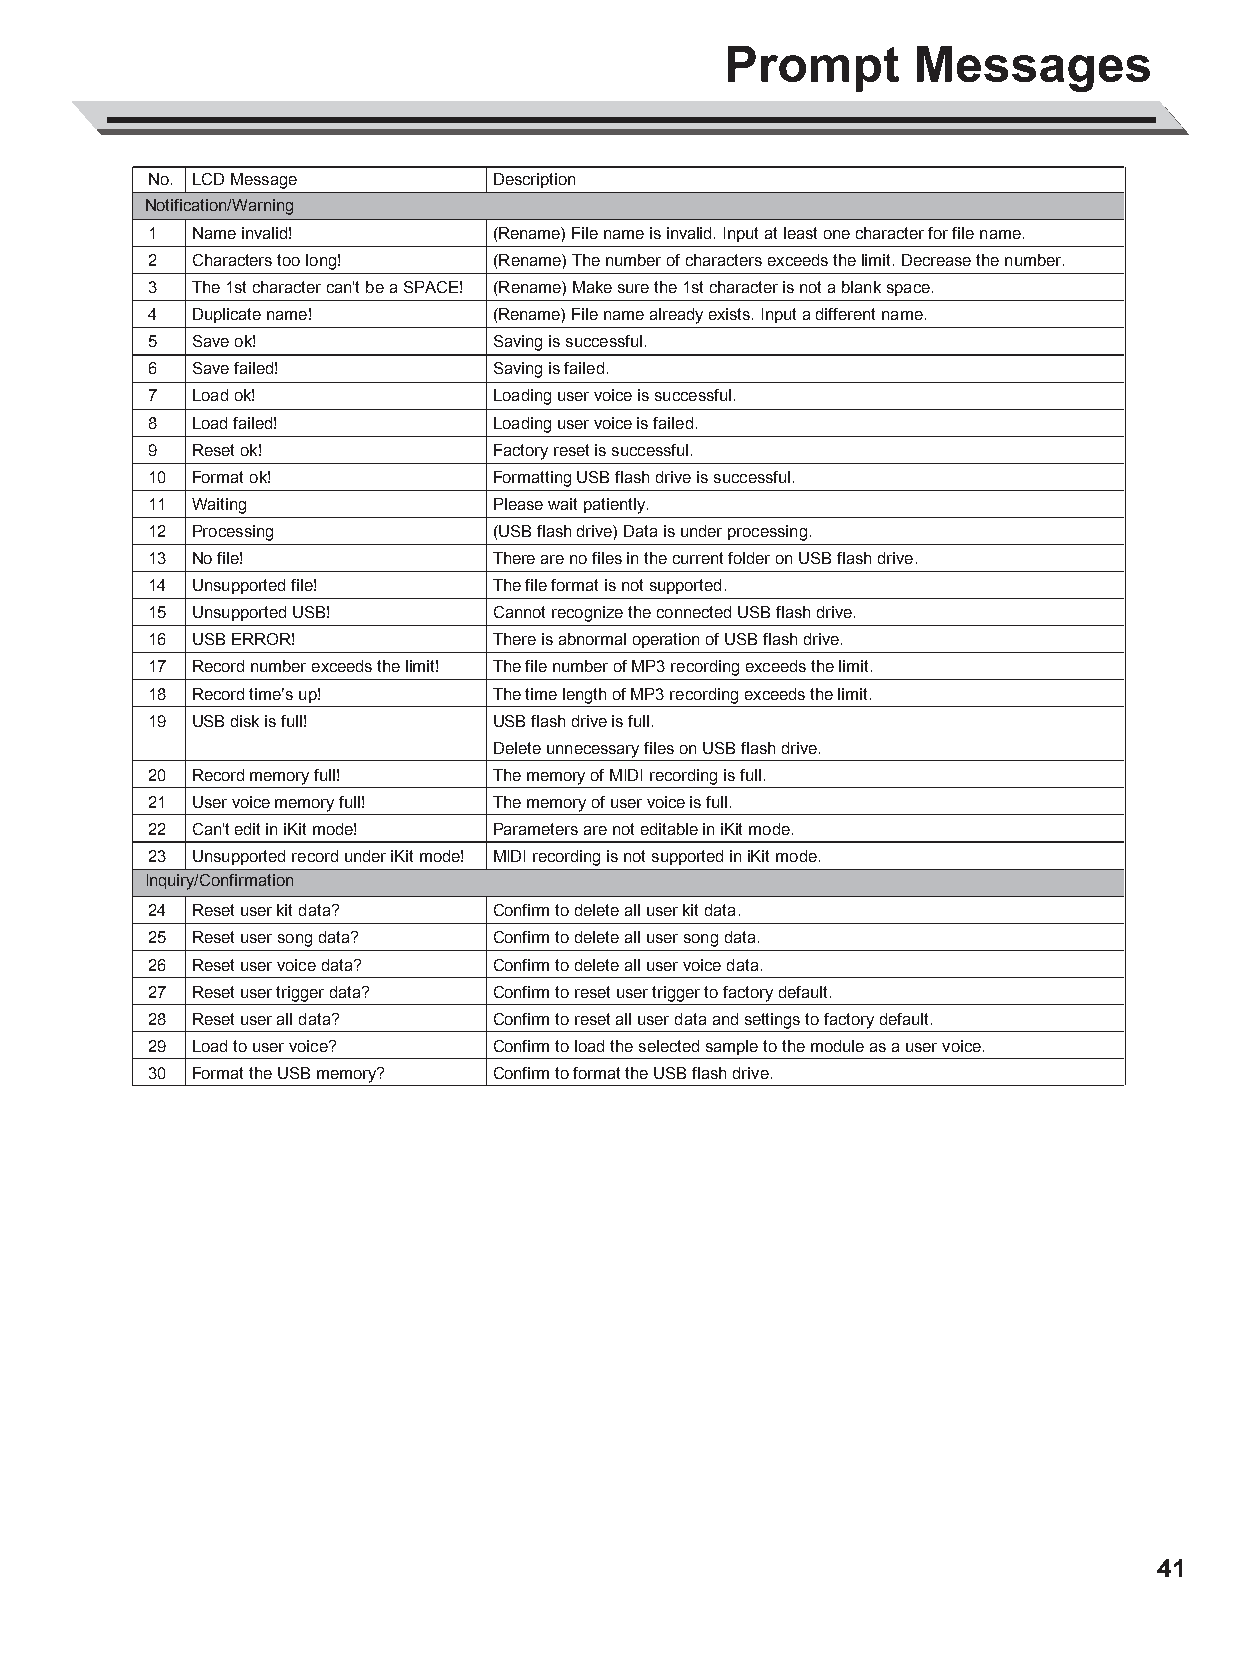
AW_DD638DX_manual_G02_180621.pdf 41 18-6-21 13:17
 Prompt       Messages
 No. LCD Message        Description
 Notification/Warning
 1  Name invalid!       (Rename) File name is invalid. Input at least one character for file name.
 2  Characters too long! (Rename) The number of characters exceeds the limit. Decrease the number.
 3  The 1st character can't be a SPACE! (Rename) Make sure the 1st character is not a blank space.
 4  Duplicate name!     (Rename) File name already exists. Input a different name.
 5  Save ok!            Saving is successful.
 6  Save failed!        Saving is failed.
 7  Load ok!            Loading user voice is successful.
 8  Load failed!        Loading user voice is failed.
 9  Reset ok!           Factory reset is successful.
 10 Format ok!          Formatting USB flash drive is successful.
 11 Waiting             Please wait patiently.
 12 Processing          (USB flash drive) Data is under processing.
 13 No file!            There are no files in the current folder on USB flash drive.
 14 Unsupported file!   The file format is not supported.
 15 Unsupported USB!    Cannot recognize the connected USB flash drive.
 16 USB ERROR!          There is abnormal operation of USB flash drive.
 17 Record number exceeds the limit! The file number of MP3 recording exceeds the limit.
 18 Record time’s up!   The time length of MP3 recording exceeds the limit.
 C           19 USB disk is full!   USB flash drive is full.
 M                                  Delete unnecessary files on USB flash drive.
 20 Record memory full! The memory of MIDI recording is full.
 Y
 21 User voice memory full! The memory of user voice is full.
 CM
 22 Can't edit in iKit mode! Parameters are not editable in iKit mode.
 MY
 23 Unsupported record under iKit mode! MIDI recording is not supported in iKit mode.
 CY          Inquiry/Confirmation
 CMY          24 Reset user kit data? Confirm to delete all user kit data.
 K           25 Reset user song data? Confirm to delete all user song data.
 26 Reset user voice data? Confirm to delete all user voice data.
 27 Reset user trigger data? Confirm to reset user trigger to factory default.
 28 Reset user all data? Confirm to reset all user data and settings to factory default.
 29 Load to user voice? Confirm to load the selected sample to the module as a user voice.
 30 Format the USB memory? Confirm to format the USB flash drive.
 41